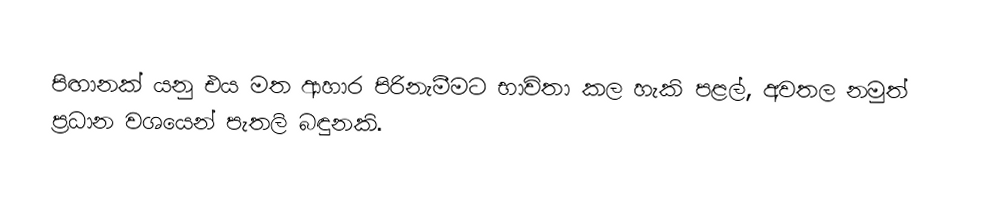
පිඟානක් යනු එය මත ආහාර පිරිනැමීමට භාවිතා කල හැකි පළල්, අවතල නමුත් ප්‍රධාන වශයෙන් පැතලි බඳුනකි.